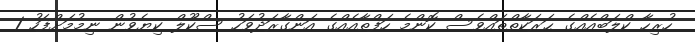
ހުރިހާ ކްލަބްއެއްގެ ޙަރަކާތްތައްވެސް ކޮންމެ ހަފްތާއެއްގެ އަންގާރަދުވަހު ސްކޫލް ކިޔެވުން ނިމުމަށްފަހު 1